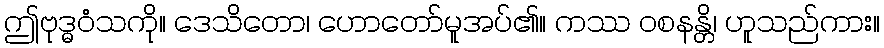
ဤဗုဒ္ဓဝံသကို။ ဒေသိတော၊ ဟောတော်မူအပ်၏။ ကဿ ဝစနန္တိ၊ ဟူသည်ကား။